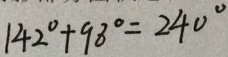
1 4 2 ^ { \circ } + 9 8 ^ { \circ } = 2 4 0 ^ { \circ }